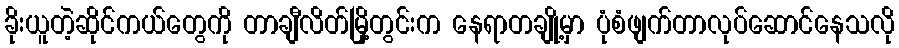
ခိုးယူတဲ့ဆိုင်ကယ်တွေကို တာချီလိတ်မြို့တွင်းက နေရာတချို့မှာ ပုံစံဖျက်တာလုပ်ဆောင်နေသလို